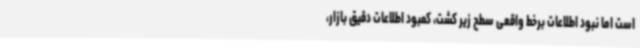
است اما نبود اطلاعات برخط واقعی سطح زیر کشت، کمبود اطلاعات دقیق بازار،